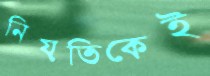
নিয়তিকেই